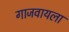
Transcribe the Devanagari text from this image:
गाजवायला